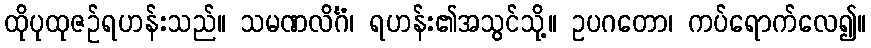
ထိုပုထုဇဉ်ရဟန်းသည်။ သမဏလိင်္ဂံ၊ ရဟန်း၏အသွင်သို့။ ဥပဂတော၊ ကပ်ရောက်လေ၍။